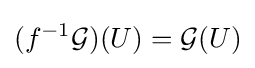
(f^{-1}{\mathcal {G}})(U)={\mathcal {G}}(U)